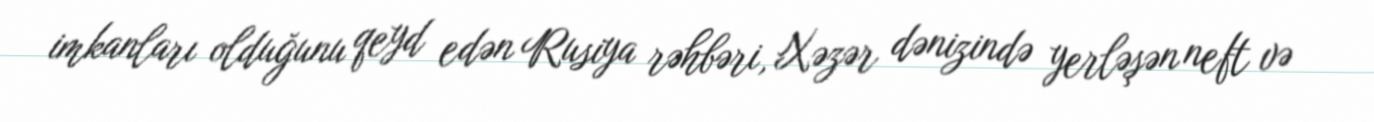
imkanları olduğunu qeyd edən Rusiya rəhbəri, Xəzər dənizində yerləşən neft və